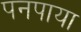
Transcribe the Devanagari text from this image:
पनपाया